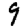
Digit: 9